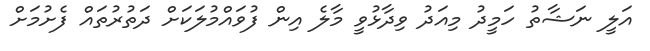
އަލީ ނަޝާތު ހަމީދު މިއަދު ވިދާޅުވީ މާލެ އިން ފުވައްމުލަކަށް ދަތުރުތައް ފެށުމަށް